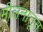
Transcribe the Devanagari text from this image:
मीलनातून